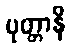
ပုတ္တာနိ